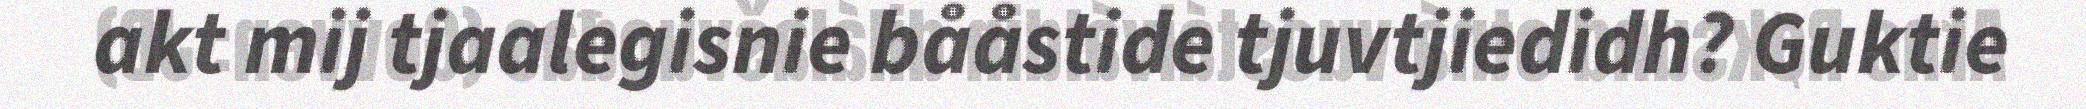
akt mij tjaalegisnie bååstide tjuvtjiedidh? Guktie